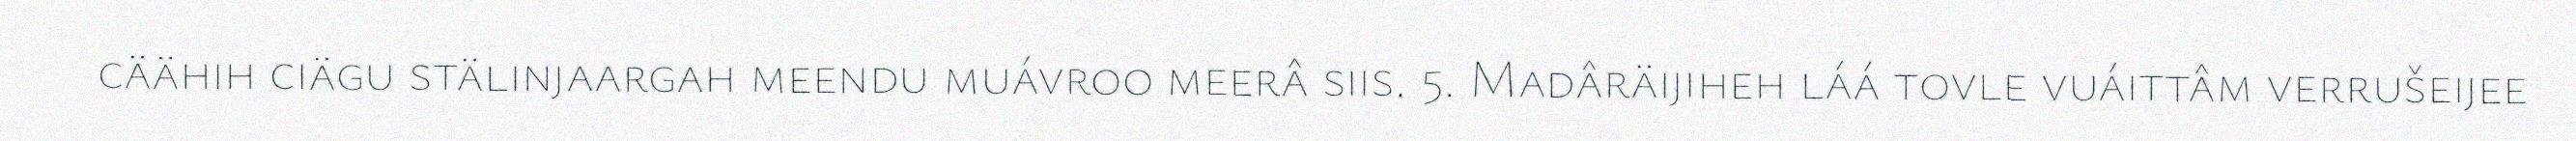
cäähih ciägu stälinjaargah meendu muávroo meerâ siis. 5. Madâräijiheh láá tovle vuáittâm verrušeijee